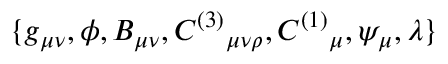
\{ g _ { \mu \nu } , \phi , B _ { \mu \nu } , C ^ { ( 3 ) } { } _ { \mu \nu \rho } , C ^ { ( 1 ) } { } _ { \mu } , \psi _ { \mu } , \lambda \}